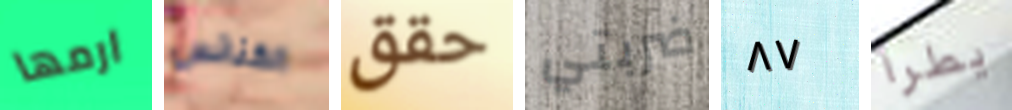
ارمها الكنائس حقق ضربتي ٨٧ يطرأ